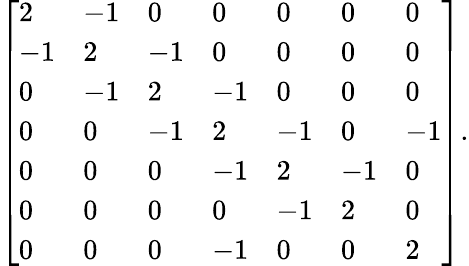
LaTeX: {\left[\begin{array}{lllllll}{2}&{-1}&{0}&{0}&{0}&{0}&{0}\\ {-1}&{2}&{-1}&{0}&{0}&{0}&{0}\\ {0}&{-1}&{2}&{-1}&{0}&{0}&{0}\\ {0}&{0}&{-1}&{2}&{-1}&{0}&{-1}\\ {0}&{0}&{0}&{-1}&{2}&{-1}&{0}\\ {0}&{0}&{0}&{0}&{-1}&{2}&{0}\\ {0}&{0}&{0}&{-1}&{0}&{0}&{2}\end{array}\right]}.